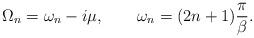
LaTeX: \begin{align*}\Omega_n = \omega_n - i \mu, \qquad \omega_n = (2n+1)\frac{\pi}{\beta}.\end{align*}